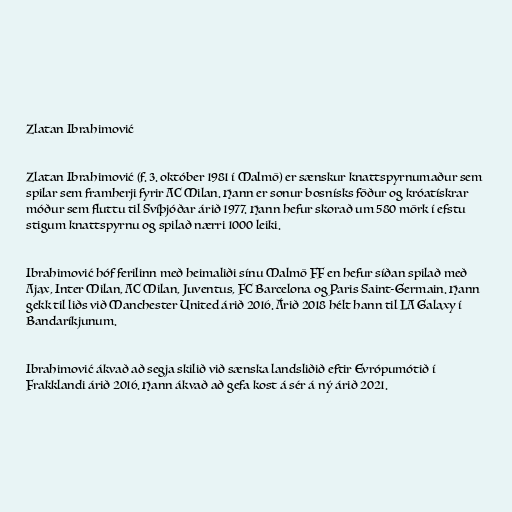
Zlatan Ibrahimović

Zlatan Ibrahimović (f. 3. október 1981 í Malmö) er sænskur knattspyrnumaður sem
spilar sem framherji fyrir AC Milan. Hann er sonur bosnísks föður og króatískrar
móður sem fluttu til Svíþjóðar árið 1977. Hann hefur skorað um 580 mörk í efstu
stigum knattspyrnu og spilað nærri 1000 leiki.

Ibrahimović hóf ferilinn með heimaliði sínu Malmö FF en hefur síðan spilað með
Ajax, Inter Milan, AC Milan, Juventus, FC Barcelona og Paris Saint-Germain. Hann
gekk til liðs við Manchester United árið 2016. Árið 2018 hélt hann til LA Galaxy í
Bandaríkjunum.

Ibrahimović ákvað að segja skilið við sænska landsliðið eftir Evrópumótið í
Frakklandi árið 2016. Hann ákvað að gefa kost á sér á ný árið 2021.